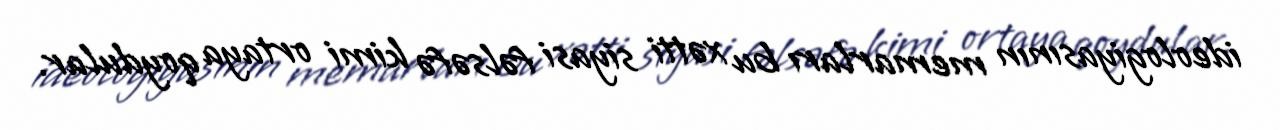
ideologiyasının memarları bu xətti siyasi fəlsəfə kimi ortaya qoydular.